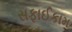
સફાઈકામ